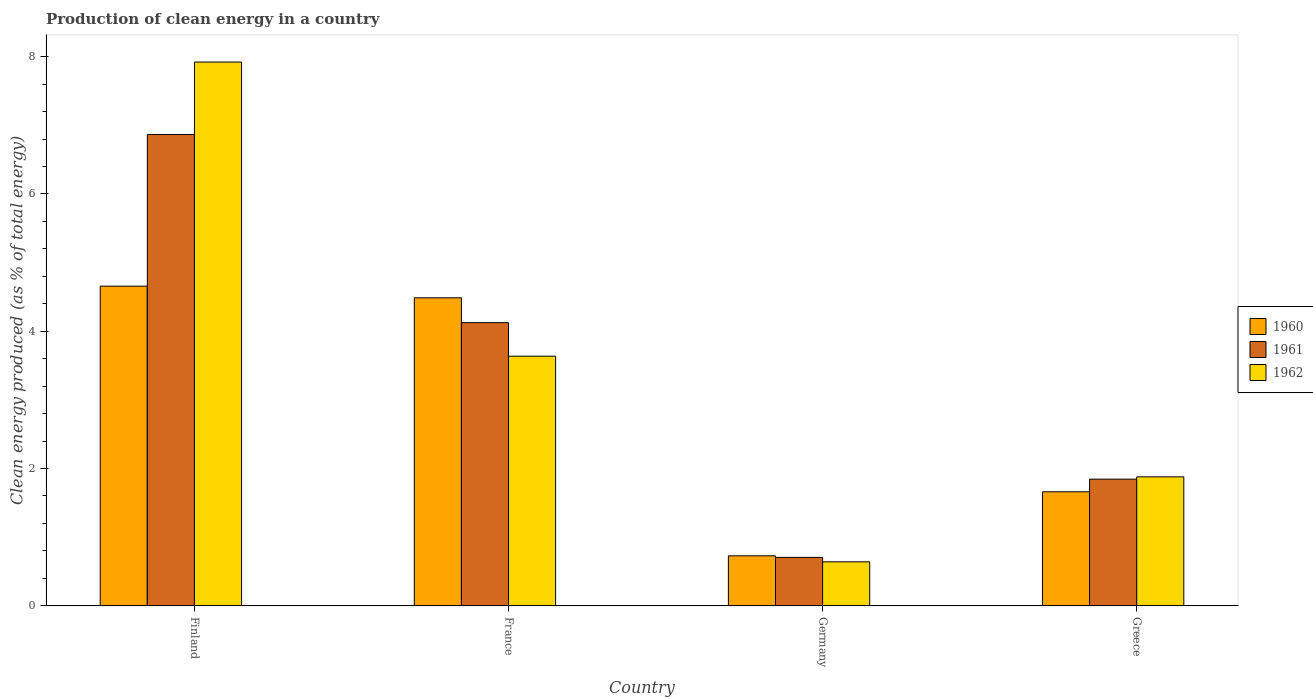
| Country | 1960 | 1961 | 1962 |
 | --- | --- | --- | --- |
 | Finland | 4.66 | 6.87 | 7.92 |
 | France | 4.49 | 4.12 | 3.64 |
 | Germany | 0.728 | 0.705 | 0.64 |
 | Greece | 1.66 | 1.84 | 1.88 |